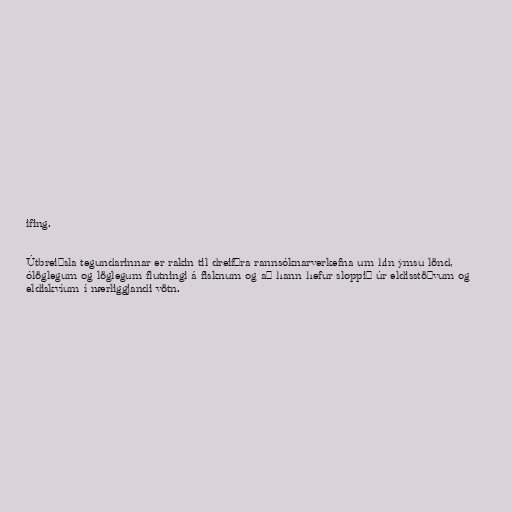
ifing.

Útbreiðsla tegundarinnar er rakin til dreifðra rannsóknarverkefna um hin ýmsu lönd,
ólöglegum og löglegum flutningi á fisknum og að hann hefur sloppið úr eldisstöðvum og
eldiskvíum í nærliggjandi vötn.